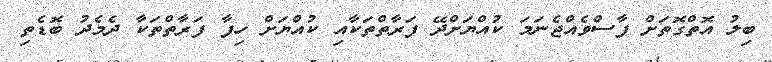
ބިލު އޮތްގޮތަށް ފާސްވެއްޖެނަމަ ކުއްޔަށްދޭ ފަރާތްތަކާއި ކުއްޔަށް ހިފާ ފަރާތްތަކާ ދެމެދު ބޮޑެތި